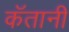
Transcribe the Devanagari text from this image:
कॅतानी